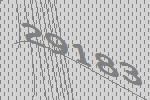
29183